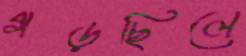
গড়ছিলে